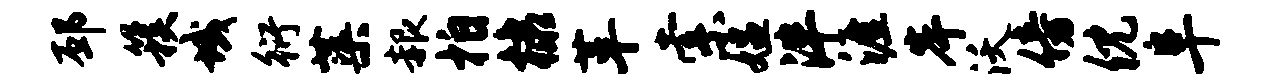
邳簇域衍蕖赧拍棣革索媪泮涯岸沃傍倪阜